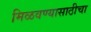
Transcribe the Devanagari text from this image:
मिळवण्यासाठीचा